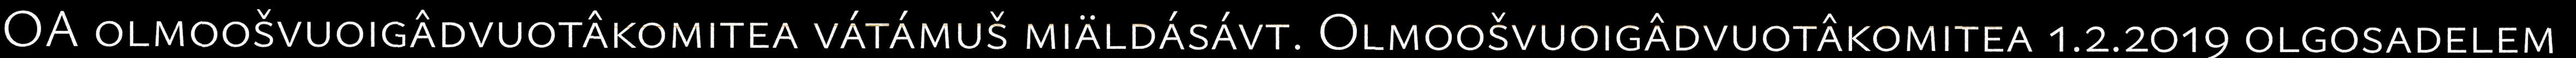
OA olmoošvuoigâdvuotâkomitea vátámuš miäldásávt. Olmoošvuoigâdvuotâkomitea 1.2.2019 olgosadelem